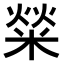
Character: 𤌟